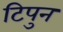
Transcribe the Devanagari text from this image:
टिपुन